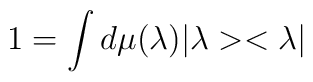
1 = \int d \mu (\lambda) |\lambda> <\lambda|